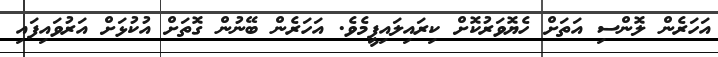
އަހަރެން ލޮންސި އަތަށް ހެޔޮވަރުކޮށް ކިރައިލައިފީމެވެ. އަހަރެން ބޭނުން ގޮތަށް އުކުޅަށް އަރުވައިފައި